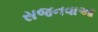
સજનવાઆ